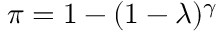
\pi = 1 - ( 1 - \lambda ) ^ { \gamma }